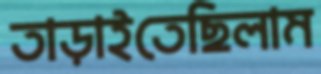
তাড়াইতেছিলাম